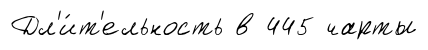
Дл'и́т'ельность в 445 чарты